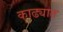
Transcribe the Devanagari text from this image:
काढ्यात